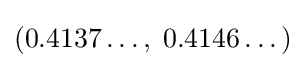
\left(0.4137\dots ,\;0.4146\dots \right)